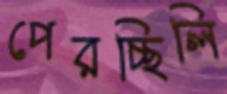
পেরচ্ছিলি